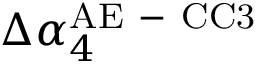
\Delta \alpha _ { 4 } ^ { \mathrm { A E \mathrm { ~ - ~ } C C 3 } }